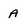
Character: A